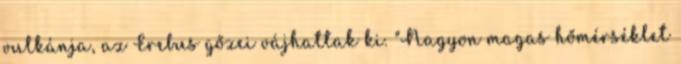
vulkánja, az Erebus gőzei vájhattak ki. "Nagyon magas hőmérséklet